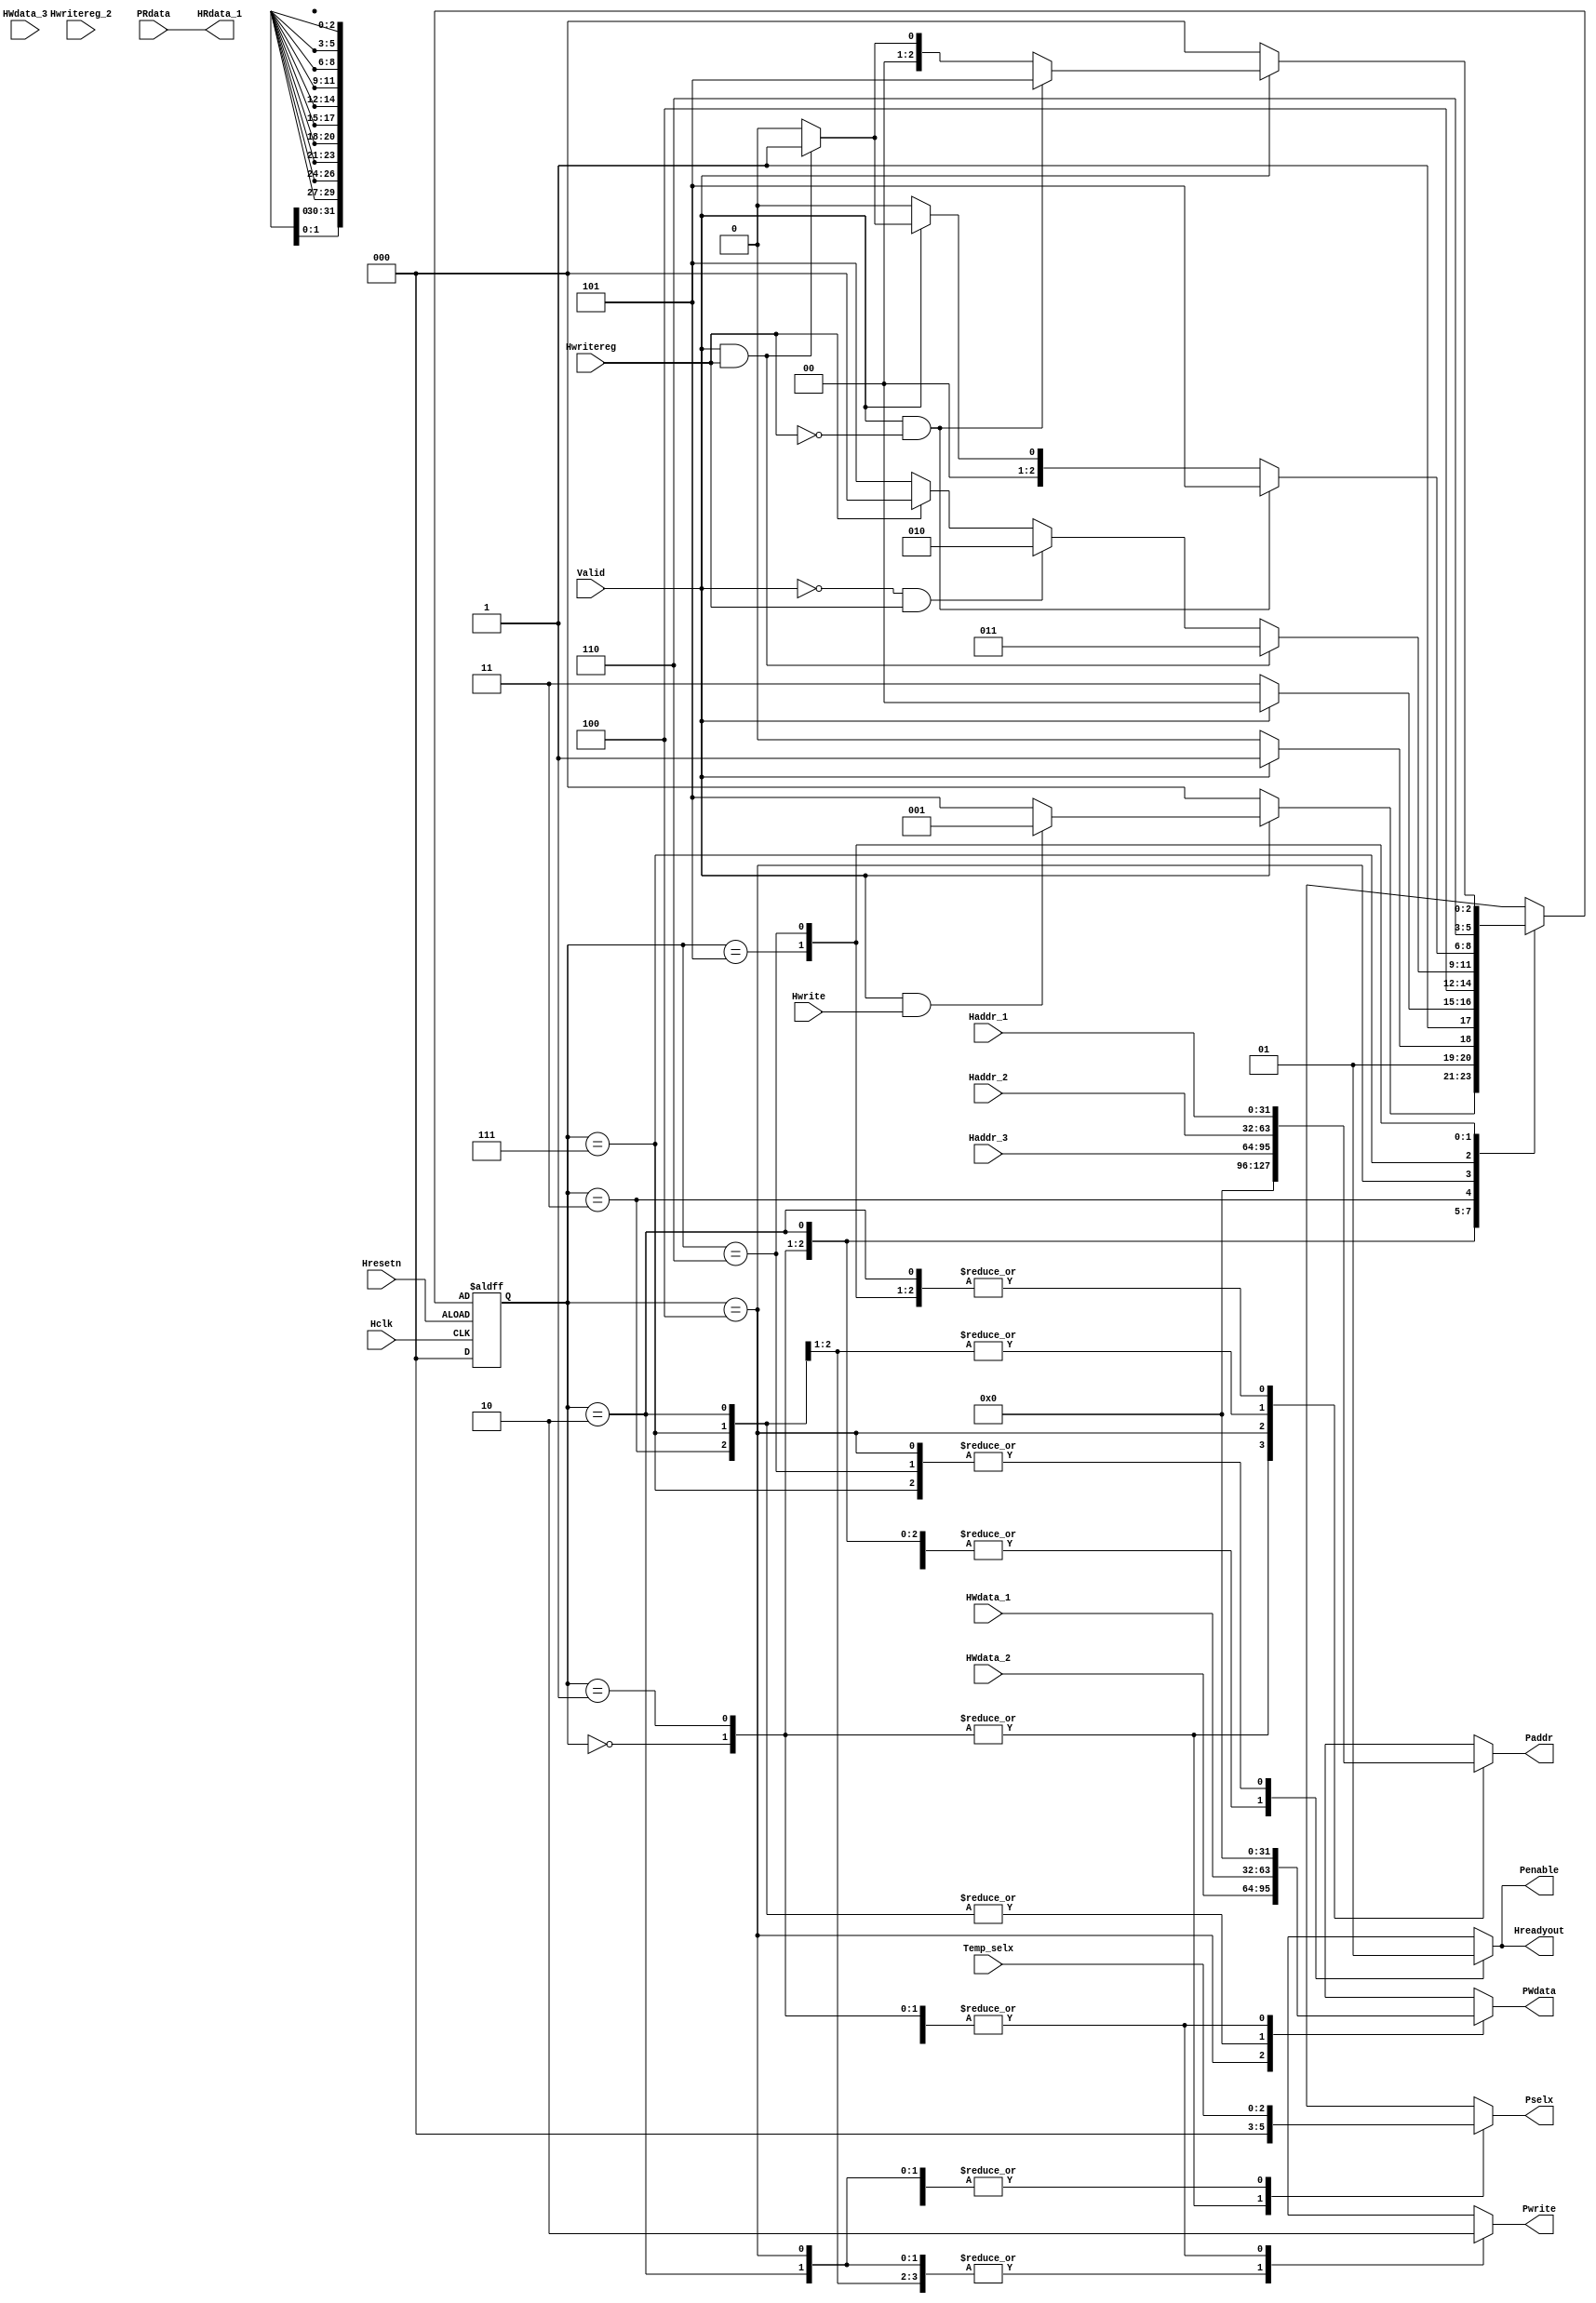
module apb_fsm(Valid,Hclk,Hresetn, Hwrite,Haddr_1, Haddr_2, Haddr_3, HWdata_1, HWdata_2, HWdata_3, Temp_selx, 
                      Hwritereg, Hwritereg_2, Hreadyout,HRdata_1,
                      Penable, Pwrite, PWdata, PRdata, Paddr, Pselx);

 input Valid, Hwrite, Hwritereg, Hwritereg_2, Hclk, Hresetn;
 input [31:0] Haddr_1, Haddr_2, Haddr_3, HWdata_1, HWdata_2, HWdata_3, PRdata;
 input [2:0] Temp_selx;
  
 
 output reg[2:0] Pselx;
 output reg Penable, Pwrite,Hreadyout;
 output reg [31:0] PWdata,Paddr;
 output [31:0] HRdata_1;
 
 parameter ST_IDLE = 3'b000, ST_WWAIT = 3'b001, ST_WRITE = 3'b010, ST_WRITEP = 3'b011, ST_WENABLEP=3'b100,
           ST_READ=3'b101, ST_RENABLE = 3'b110, ST_WENABLE=3'b111;
 
 reg [2:0] present_state, next_state;
 
 assign HRdata_1= PRdata;
 
 always @(posedge Hclk or posedge Hresetn)
 begin
	if(~Hresetn)							//sequential logic
		present_state<=ST_IDLE;
	else
		present_state<=next_state;
 end
 
 always @(*)
 begin
	next_state = ST_IDLE;
	Pselx = 3'b000;
	Pwrite = 1'b0;
	Hreadyout=1'b0;
    Penable=0;
    Paddr=32'd0;
    PWdata=32'd0;
     
	 case(present_state)
		ST_IDLE: begin
					Pselx = 3'b000;
					Penable = 1'b0;
					Hreadyout = 1'b0;
					
					if(~Valid)
						next_state = ST_IDLE;
						
					else if(Valid && Hwrite)
						next_state = ST_WWAIT;
						
					else 
						next_state = ST_READ;
				 end
		
		ST_WWAIT: begin
					Hreadyout = 1'b0;
					Pselx = 3'd0;
					Penable = 1'b0;
					Pwrite = 1'b0;
					
					if(~Valid)
						next_state = ST_WRITE;
						
					else if(Valid)
						next_state = ST_WRITEP;
				  end
				  
		ST_WRITE: begin
					Paddr=Haddr_1;
					Pselx=Temp_selx;
					Pwrite=1'b1;
					Penable=1'b0;
					PWdata=HWdata_1; // HWdata_1
					Hreadyout=1'b0;
		        
					if(Valid)
						next_state = ST_WENABLEP;
					else if(~Valid)
						next_state = ST_WENABLE;
				  end
				  
        ST_WRITEP: begin
					Paddr= Haddr_2;
					Pselx= Temp_selx;
					Pwrite=1'b1;
					Hreadyout=1'b0;
					Penable=1'b0;
					PWdata=HWdata_1;
						
					next_state = ST_WENABLEP;
				   end
		
		ST_WENABLEP: begin
						Pwrite=1'b1;
						Penable=1'b1;
						Hreadyout=1'b1;
						Paddr=Haddr_3;
						PWdata=HWdata_2;
						Pselx=Temp_selx;
						
						if(Valid && Hwritereg)
							next_state = ST_WRITEP;
							
						else if (~Valid && Hwritereg)
							next_state = ST_WRITE; 
							
						else if(~Hwritereg)
							next_state = ST_READ;
					 end
		
		ST_WENABLE: begin
						Penable=1'b1;
						Pselx=Temp_selx;
						Pwrite=1'b1;
						Paddr=Haddr_2;
						Hreadyout=1'b1;
						PWdata = HWdata_1;
		        
						if(Valid && ~Hwritereg)
							next_state = ST_READ;
							
						else if(~Valid)
							next_state = ST_IDLE;
							
						else if(Valid && Hwritereg)
							next_state = ST_WWAIT;
					end	

		
		ST_READ: begin
					Pselx=Temp_selx;
					Penable=1'b0;
					Paddr=Haddr_1;
					Pwrite=1'b0;
					Hreadyout=1'b0;
					
					next_state = ST_RENABLE;
				 end
		
		ST_RENABLE: begin
						Penable=1'b1;
						Pwrite=1'b0;
						Hreadyout=1'b1;
						Pselx=Temp_selx;
						Paddr = Haddr_1;
						
						if(~Valid)
							next_state = ST_IDLE;
							
						else if(Valid && ~Hwritereg)
							next_state = ST_READ;
							
						else if(Valid && Hwritereg)
							next_state = ST_WWAIT;
					end
					
		default: next_state = ST_IDLE;
	endcase
 end
 endmodule